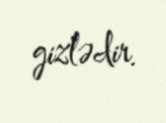
gizlədir.